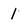
Character: 1